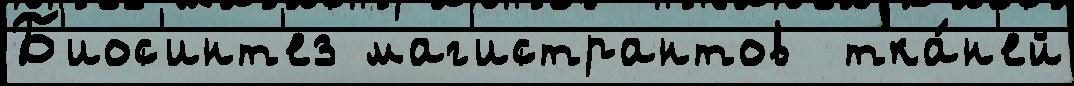
Б'иос'инт'ез маг'истрантов  тка́н'ей